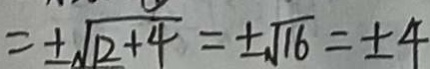
= \pm \sqrt { 1 2 + 4 } = \pm \sqrt { 1 6 } = \pm 4